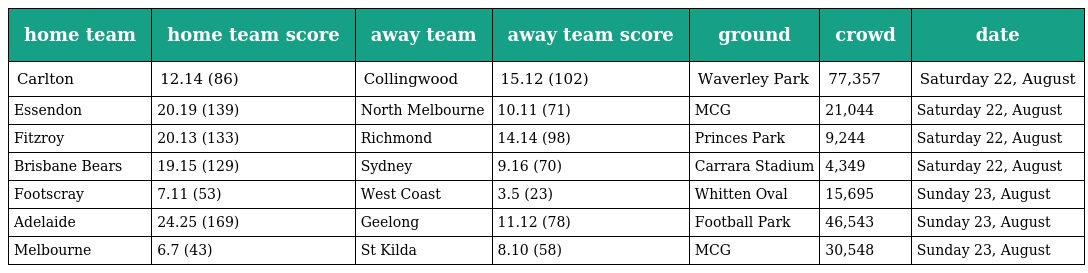
| home team | home team score | away team | away team score | ground | crowd | date |
 | --- | --- | --- | --- | --- | --- | --- |
 | Carlton | 12.14 (86) | Collingwood | 15.12 (102) | Waverley Park | 77,357 | Saturday 22, August |
 | Essendon | 20.19 (139) | North Melbourne | 10.11 (71) | MCG | 21,044 | Saturday 22, August |
 | Fitzroy | 20.13 (133) | Richmond | 14.14 (98) | Princes Park | 9,244 | Saturday 22, August |
 | Brisbane Bears | 19.15 (129) | Sydney | 9.16 (70) | Carrara Stadium | 4,349 | Saturday 22, August |
 | Footscray | 7.11 (53) | West Coast | 3.5 (23) | Whitten Oval | 15,695 | Sunday 23, August |
 | Adelaide | 24.25 (169) | Geelong | 11.12 (78) | Football Park | 46,543 | Sunday 23, August |
 | Melbourne | 6.7 (43) | St Kilda | 8.10 (58) | MCG | 30,548 | Sunday 23, August |